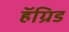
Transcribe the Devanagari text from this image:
हॅग्रिड